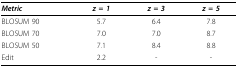
<table><thead><tr><td><b><i>Metric</i></b></td><td><b><i>z = 1</i></b></td><td><b><i>z = 3</i></b></td><td><b><i>z = 5</i></b></td></tr></thead><tbody><tr><td>BLOSUM 90</td><td>5.7</td><td>6.4</td><td>7.8</td></tr><tr><td>BLOSUM 70</td><td>7.0</td><td>7.0</td><td>8.7</td></tr><tr><td>BLOSUM 50</td><td>7.1</td><td>8.4</td><td>8.8</td></tr><tr><td>Edit</td><td>2.2</td><td>-</td><td>-</td></tr></tbody></table>